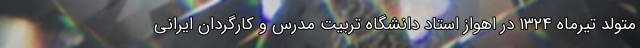
متولد تیرماه ۱۳۲۴ در اهواز استاد دانشگاه تربیت مدرس و کارگردان ایرانی